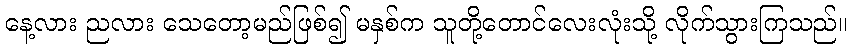
နေ့လား ညလား သေတော့မည်ဖြစ်၍ မနှစ်က သူတို့တောင်လေးလုံးသို့ လိုက်သွားကြသည်။